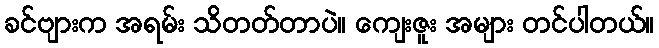
ခင်ဗျားက အရမ်း သိတတ်တာပဲ။ ကျေးဇူး အများ တင်ပါတယ်။